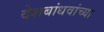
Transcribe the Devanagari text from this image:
देशबांधवांच्या